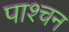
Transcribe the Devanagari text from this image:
पाश्चन